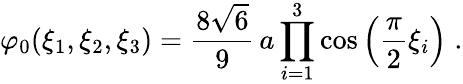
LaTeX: \varphi_{0}(\xi_{1},\xi_{2},\xi_{3})=\frac{8\sqrt{6}}{9}\, a\prod_{i=1}^{3}\cos\left(\frac{\pi}{2}\xi_{i}\right)\; .